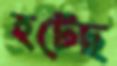
হটেছ